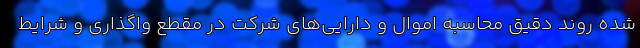
شده روند دقیق محاسبه اموال و دارایی‌های شرکت در مقطع واگذاری و شرایط